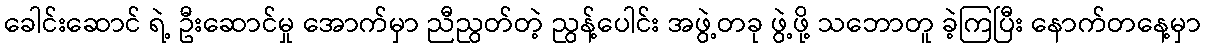
ခေါင်းဆောင် ရဲ့ ဦးဆောင်မှု အောက်မှာ ညီညွတ်တဲ့ ညွန့်ပေါင်း အဖွဲ့တခု ဖွဲ့ဖို့ သဘောတူ ခဲ့ကြပြီး နောက်တနေ့မှာ